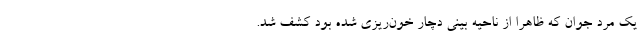
یک‌ مرد جوان که ظاهرا از ناحیه بینی دچار خون‌ریزی شده بود کشف شد.